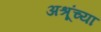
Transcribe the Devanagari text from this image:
अश्रूंच्या